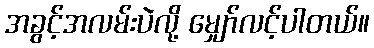
အခွင့်အလမ်းပဲလို့ မျှော်လင့်ပါတယ်။